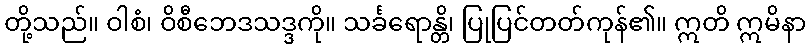
တို့သည်။ ဝါစံ၊ ဝိစီဘေဒသဒ္ဒကို။ သင်္ခရောန္တိ၊ ပြုပြင်တတ်ကုန်၏။ ဣတိ ဣမိနာ